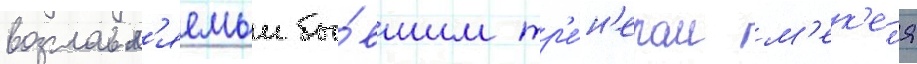
возглавл'яемыи бы́вшим тр'е́н'ером м'ек'ел'я